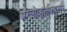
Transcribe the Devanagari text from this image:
अँग्लोव्हर्नाक्युलर